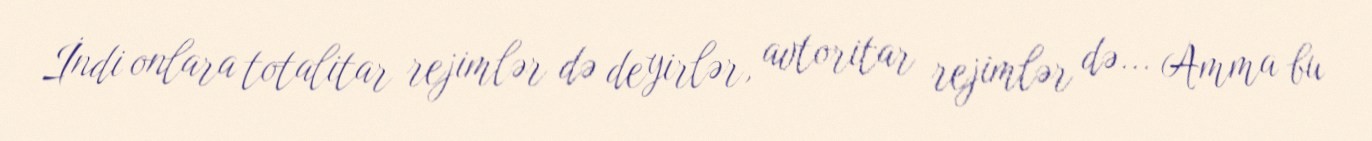
İndi onlara totalitar rejimlər də deyirlər, avtoritar rejimlər də... Amma bu